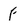
Character: F